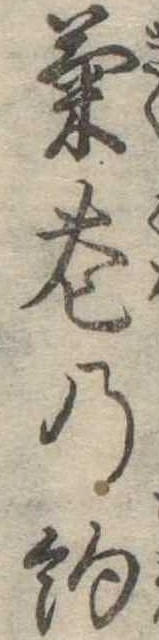
菊花の約